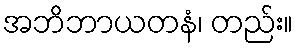
အဘိဘာယတနံ၊ တည်း။